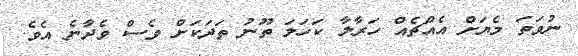
ނުވަތަ މެޔަށް އެއްޗެއް ހަރާލާ ކަހަލަ ތޫނު ތަދަކަށް ވެސް ވެދާނެ އެވެ.